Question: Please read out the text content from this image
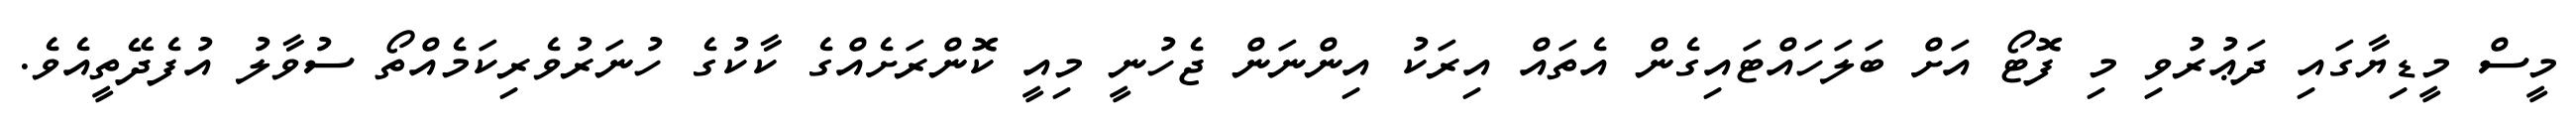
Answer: މީސް މީޑިޔާގައި ދަޢުރުވި މި ފޮޓޯ އަށް ބަލަހައްޓައިގެން އެތައް އިރަކު އިންނަން ޖެހުނީ މިއީ ކޮންރަށެއްގެ ކާކުގެ ހުނަރުވެރިކަމެއްތޯ ސުވާލު އުފެދޭތީއެވެ.